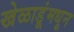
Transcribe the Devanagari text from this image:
खेळाडूंमधून